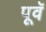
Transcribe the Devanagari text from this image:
पूवॅ